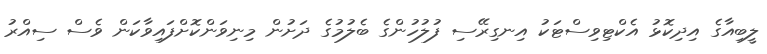
ލީބިއާގެ އިދިކޮޅު އެކްޓިވިސްޓަކު އިނގިރޭސި ފުލުހުންގެ ބެލުމުގެ ދަށުން މިނިވަންކޮށްފައިވާކަން ވެސް ސިއްރު